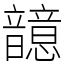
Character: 䪰